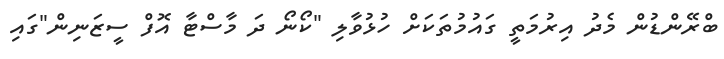
ބްރޭންޑުން މެދު އިރުމަތީ ގައުމުތަކަށް ހުޅުވާލި "ކޯނޯ ދަ މާސްޓާ އޮފް ސީޒަނިން"ގައި